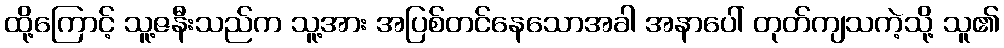
ထို့ကြောင့် သူ့ဇနီးသည်က သူ့အား အပြစ်တင်နေသောအခါ အနာပေါ် တုတ်ကျသကဲ့သို့ သူ၏